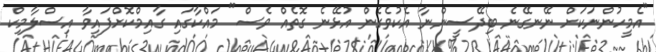
"އެމީހުންނަކަށް ނޭނގޭނެ ބިދޭސީންނާ އެކުވެގެން އުޅޭނެ ގޮތެއް ވެސް" މައްކާގައި ގާއިމްކޮށްފައިވާ އިސްލާމިކް